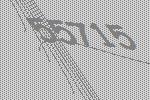
55715